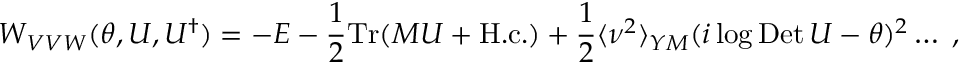
W _ { V V W } ( \theta , U , U ^ { \dagger } ) = - E - \frac { 1 } { 2 } \mathrm { T r } ( M U + \mathrm { H . c . } ) + \frac { 1 } { 2 } \langle \nu ^ { 2 } \rangle _ { Y M } ( i \log \mathrm { D e t } \, U - \theta ) ^ { 2 } \ldots \; ,